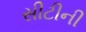
સીટીની